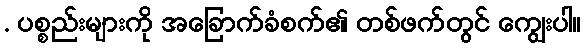
. ပစ္စည်းများကို အခြောက်ခံစက်၏ တစ်ဖက်တွင် ကျွေးပါ။